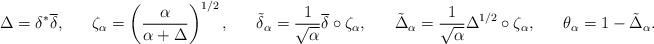
LaTeX: \begin{align*}\Delta = \delta^* \overline{ \delta}, \ \ \ \ \ \zeta_\alpha = \left( \frac{\alpha}{\alpha + \Delta} \right)^{1/2}, \ \ \ \ \ \tilde \delta_\alpha = \frac{1}{\sqrt{\alpha}} \overline \delta \circ \zeta_\alpha, \ \ \ \ \ \tilde \Delta_\alpha = \frac{1}{\sqrt{\alpha}} \Delta^{1/2} \circ \zeta_\alpha, \ \ \ \ \ \theta_\alpha = 1 - \tilde \Delta_\alpha.\end{align*}